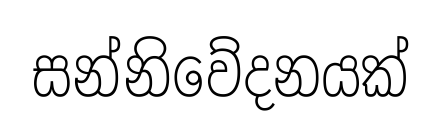
සන්නිවේදනයක්